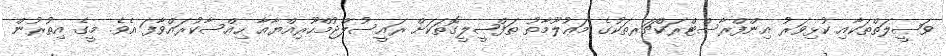
ވަޞީލަތްތަކާއި ކުޅިވަރު އިންފްރާސްޓްރަކްޗަރތަކުގެ މަޢުލޫމާތު ތަފްޞީލީގޮތަކަށް ރައީސުލްޖުމްހޫރިއްޔާއާ ހިއްސާކުރައްވާފަ އެެވެ. މީގެ އިތުރުން